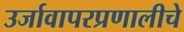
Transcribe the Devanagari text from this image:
उर्जावापरप्रणालीचे